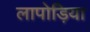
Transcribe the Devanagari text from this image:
लापोड़िया